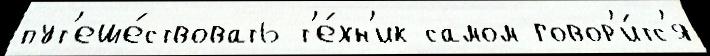
пут'еше́ствовать т'е́хн'ик самом говор'и́тс'я